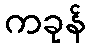
ကခုန်